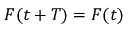
F ( t + T ) = F ( t )